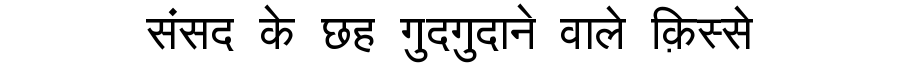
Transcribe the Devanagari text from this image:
संसद के छह गुदगुदाने वाले क़िस्से